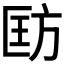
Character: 𪯵